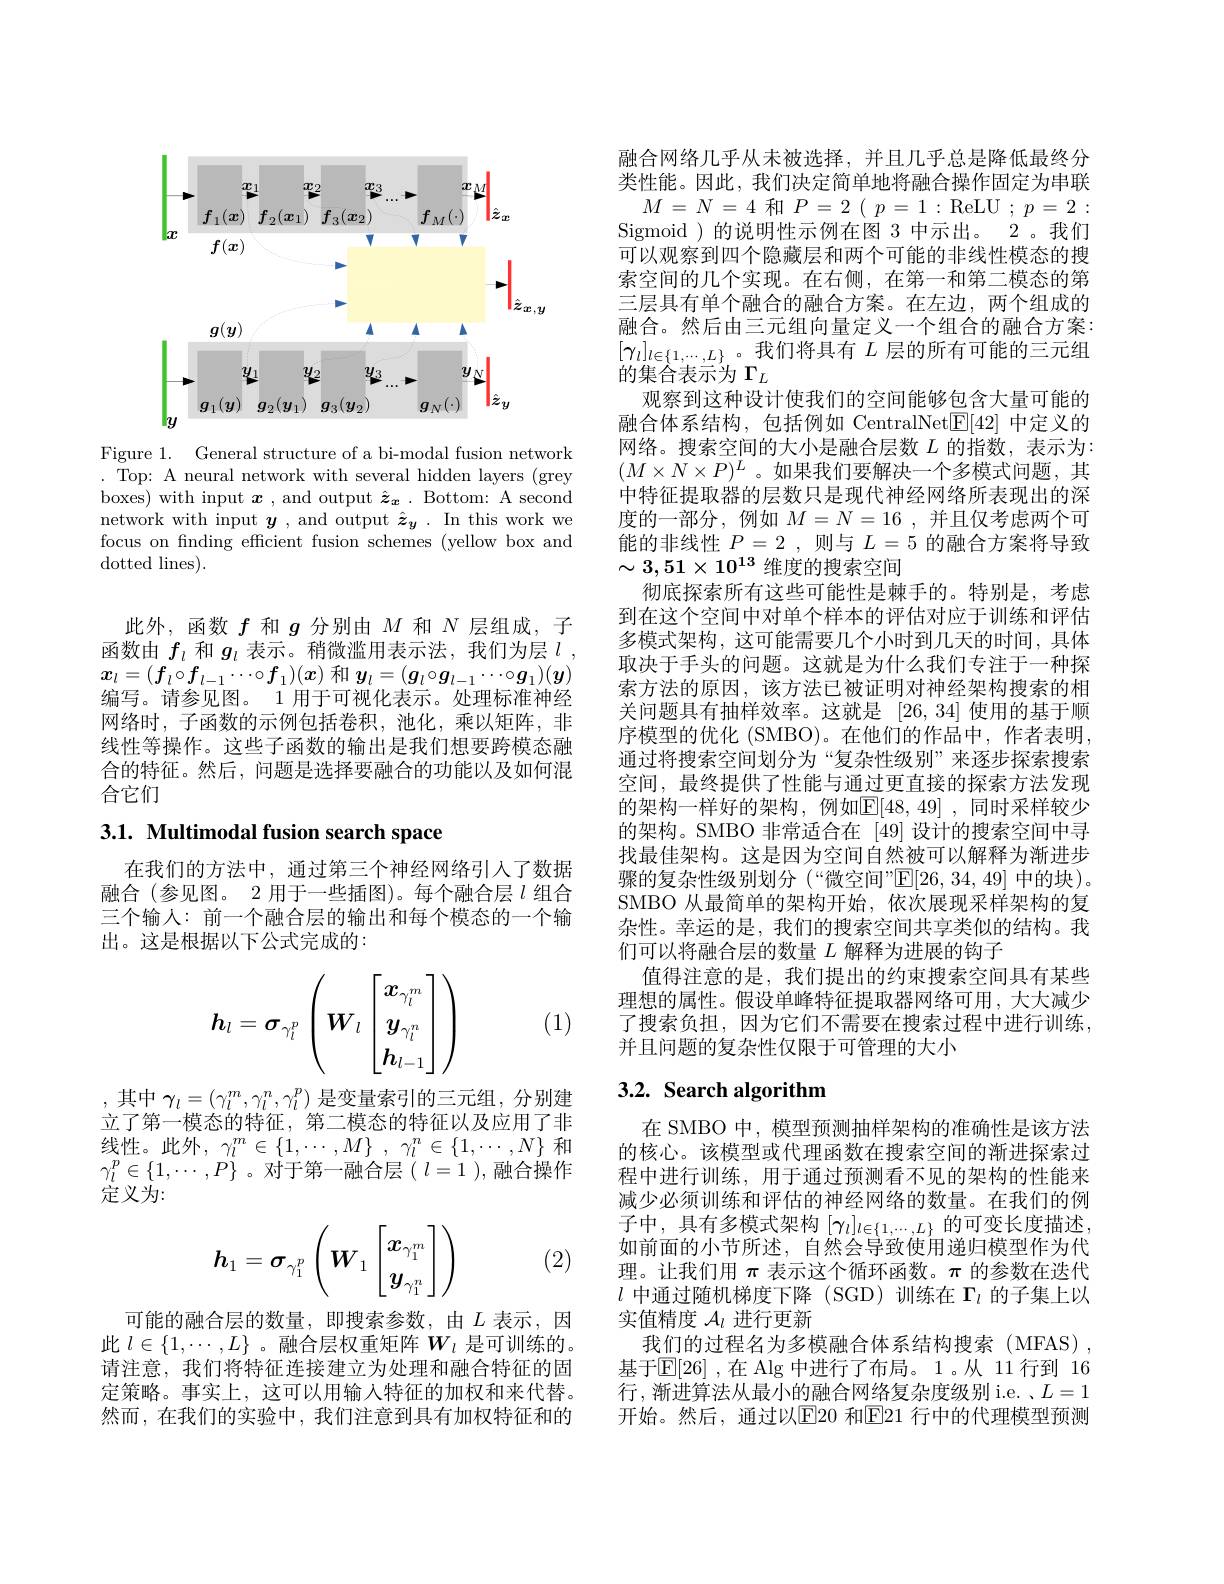
<FigureHere>

Figure 1. General structure of a bi-modal fusion network . Top: A neural network with several hidden layers (grey boxes) with input $\boldsymbol{x}$ , and output $\hat{\boldsymbol{z}}_{\boldsymbol{x}}.$ Bottom: A second network with input $\boldsymbol{y}$, and output $\hat{\boldsymbol{z}}_y.$ In this work we focus on finding efficient fusion schemes (yellow box and dotted lines).

此外，函数$f$和$g$分别由$M$和$N$层组成，子函数由$f_l$和$g_l$表示。稍微滥用表示法，我们为层$l$, $\boldsymbol{x}_l=(\boldsymbol{f}_l\circ\boldsymbol{f}_{l-1}\cdots\circ\boldsymbol{f}_1)(\boldsymbol{x})$和$\boldsymbol{y}_l=(\boldsymbol{g}_l\circ\boldsymbol{g}_{l-1}\cdots\circ\boldsymbol{g}_1)(\boldsymbol{y})$ 编写。请参见图。1 用于可视化表示。处理标准神经网络时，子函数的示例包括卷积，池化，乘以矩阵，非线性等操作。这些子函数的输出是我们想要跨模态融合的特征。然后，问题是选择要融合的功能以及如何混合它们

## 3.1. Multimodal fusion search space

在我们的方法中，通过第三个神经网络引人了数据融合(参见图。2 用于一些插图)。每个融合层$l$组合三个输人：前一个融合层的输出和每个模态的一个输出。这是根据以下公式完成的：
$$\boldsymbol{h}_l=\boldsymbol{\sigma}_{\gamma_l^p}\left(\boldsymbol{W}_l\begin{bmatrix}\boldsymbol{x}_{\gamma_l^m}\\\boldsymbol{y}_{\gamma_l^n}\\\boldsymbol{h}_{l-1}\end{bmatrix}\right)$$
(1)

,其中$\gamma_l=(\gamma_l^m,\gamma_l^n,\gamma_l^p)$ 是变量索引的三元组，分别建立了第一模态的特征，第二模态的特征以及应用了非线性。此外，$\gamma _l^m\in \{ 1, \cdots , M\}$ , $\gamma _l^n\in \{ 1, \cdots , N\}$和$\gamma_l^p\in\{1,\cdots,P\}$ 。对于第一融合层($l=1$),融合操作定义为：
$$\boldsymbol{h}_1=\boldsymbol{\sigma}_{\gamma_1^p}\left(\boldsymbol{W}_1\begin{bmatrix}x_{\gamma_1^m}\\\boldsymbol{y}_{\gamma_1^n}\end{bmatrix}\right)$$
(2)

可能的融合层的数量，即搜索参数，由$L$ 表示，因此$l\in\{1,\cdots,L\}$ 。融合层权重矩阵$W_\iota$是可训练的。请注意，我们将特征连接建立为处理和融合特征的固定策略。事实上，这可以用输入特征的加权和来代替。然而，在我们的实验中，我们注意到具有加权特征和的

融合网络几乎从未被选择，并且几乎总是降低最终分类性能。因此，我们决定简单地将融合操作固定为串联
$M$ = $N$ = 4 和$P$ = 2 ( $p$ = 1 : ReLU ; $p$ = 2 : Sigmoid )的说明性示例在图 3 中示出。2 。我们可以观察到四个隐藏层和两个可能的非线性模态的搜索空间的几个实现。在右侧，在第一和第二模态的第三层具有单个融合的融合方案。在左边，两个组成的融合。然后由三元组向量定义一个组合的融合方案： $[\gamma_l]_{l\in\{1,\cdots,L\}}$。我们将具有$L$ 层的所有可能的三元组的集合表示为$\Gamma_L$
观察到这种设计使我们的空间能够包含大量可能的融合体系结构，包括例如 CentralNet$\underline{\mathrm{E}}[42]$中定义的网络。搜索空间的大小是融合层数$L$的指数，表示为： $(M\times N\times P)^L$。如果我们要解决一个多模式问题，其中特征提取器的层数只是现代神经网络所表现出的深度的一部分，例如$M=N=16$ ,并且仅考虑两个可能的非线性$P=2$,则与$L=5$的融合方案将导致$\sim3,51\times10^{13}$维度的搜索空间
彻底探索所有这些可能性是棘手的。特别是，考虑到在这个空间中对单个样本的评估对应于训练和评估多模式架构，这可能需要几个小时到几天的时间，具体取决于手头的问题。这就是为什么我们专注于一种探索方法的原因，该方法已被证明对神经架构搜索的相关问题具有抽样效率。这就是 [26,34] 使用的基于顺序模型的优化 (SMBO)。在他们的作品中，作者表明， 通过将搜索空间划分为“复杂性级别”来逐步探索搜索空间，最终提供了性能与通过更直接的探索方法发现的架构一样好的架构，例如$\mathbb{E}[48,49]$,同时采样较少的架构。SMBO 非常适合在 [49]设计的搜索空间中寻找最佳架构。这是因为空间自然被可以解释为渐进步骤的复杂性级别划分(“微空间”$\mathbb{E}[26,34,49]$中的块)。SMBO 从最简单的架构开始，依次展现采样架构的复杂性。幸运的是，我们的搜索空间共享类似的结构。我们可以将融合层的数量$L$解释为进展的钩子
值得注意的是，我们提出的约束搜索空间具有某些理想的属性。假设单峰特征提取器网络可用，大大减少了搜索负担，因为它们不需要在搜索过程中进行训练， 并且问题的复杂性仅限于可管理的大小

## 3.2. Search algorithm

在 SMBO 中，模型预测抽样架构的准确性是该方法的核心。该模型或代理函数在搜索空间的渐进探索过程中进行训练，用于通过预测看不见的架构的性能来减少必须训练和评估的神经网络的数量。在我们的例子中，具有多模式架构$[\gamma_l]_{l\in\{1,\cdots,L\}}$的可变长度描述， 如前面的小节所述，自然会导致使用递归模型作为代理。让我们用$\pi$表示这个循环函数。$\pi$的参数在迭代$l$中通过随机梯度下降 (SGD)训练在$\Gamma_l$的子集上以实值精度$\mathcal{A}_l$进行更新
我们的过程名为多模融合体系结构搜索(MFAS), 基于$\mathbb{E}[26]$ ,在 Alg 中进行了布局。1。从 11 行到 16行，渐进算法从最小的融合网络复杂度级别 i.e. 、$L=1$ 开始。然后，通过以E20 和E21 行中的代理模型预测